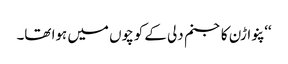
‘‘ پنواڑن کا جنم دلی کے کوچوں میں ہوا تھا۔